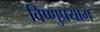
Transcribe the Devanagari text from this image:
विष्‍णुप्रयाग